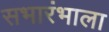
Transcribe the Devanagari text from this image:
सभारंभाला